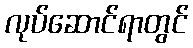
လုပ်ဆောင်ရာတွင်